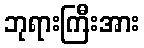
ဘုရားကြီးအား